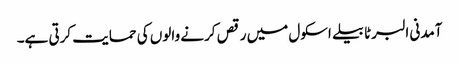
آمدنی البرٹا بیلے اسکول میں رقص کرنے والوں کی حمایت کرتی ہے۔